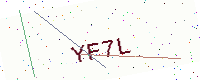
Text: YF7L